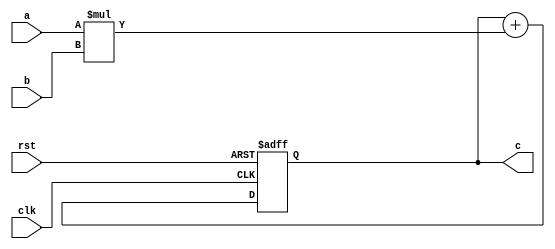
module pe (
    input wire clk,
    input wire rst,
    input wire [31:0] a,
    input wire [31:0] b,
    output reg [63:0] c // Changed to 64 bits to avoid overflow
);

    // Perform multiplication and accumulation on the positive edge of the clock
    always @(posedge clk or posedge rst) begin
        if (rst) begin
            // Reset the accumulator to 0 when rst is high
            c <= 64'b0; // Extended to 64 bits to hold the result without overflow
        end else begin
            // Multiply a and b, and accumulate the result
            c <= c + (a * b); // Here, a * b is a 64-bit operation
        end
    end

endmodule